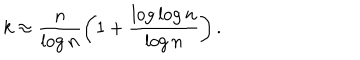
k \approx \frac { n } { \log n } \left( 1 + \frac { \log \log n } { \log n } \right) .